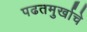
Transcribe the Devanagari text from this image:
पढतमुर्खाचे